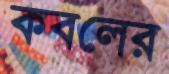
কবলের